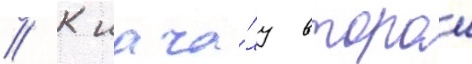
// К нача́лу второи